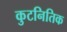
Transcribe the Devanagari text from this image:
कुटनितिक